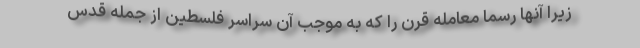
زیرا آنها رسما معامله قرن را که به موجب آن سراسر فلسطین از جمله قدس